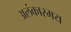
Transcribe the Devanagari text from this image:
अलंकारमय